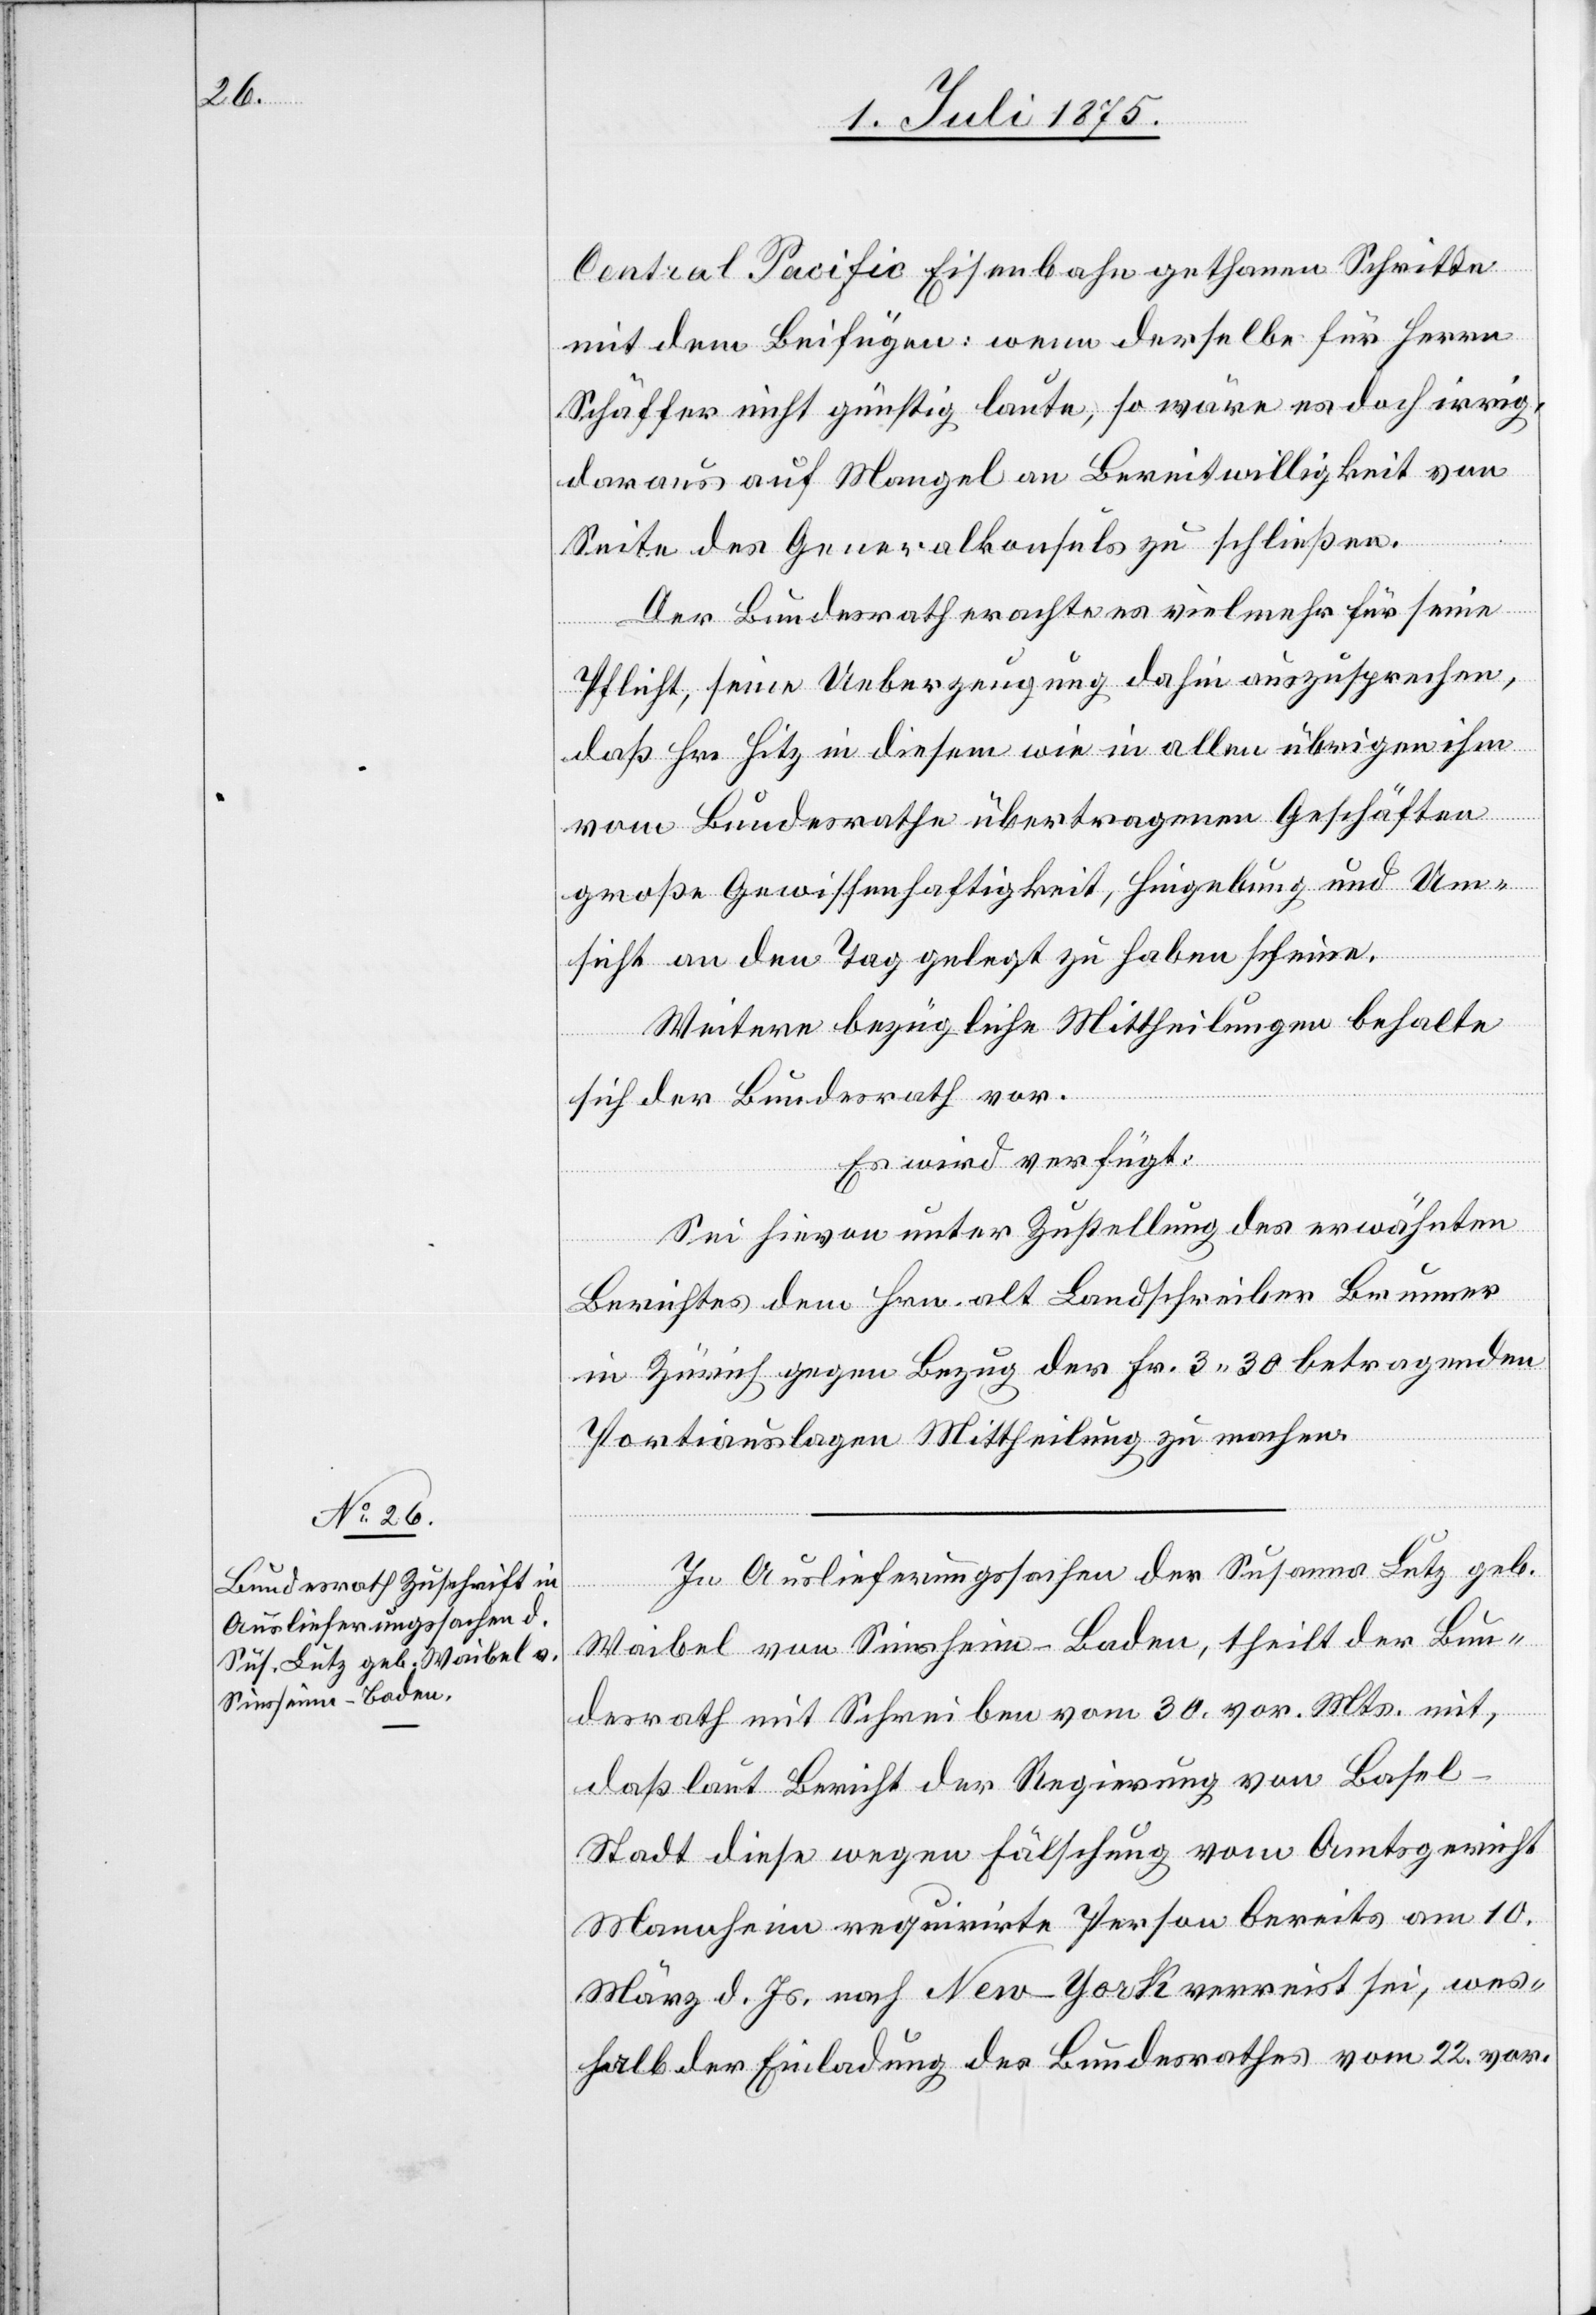
2. Juli 1875.]
Central Pacific Eisenbahn gethanen Schritte
mit dem Beifügen: wenn derselbe für Herrn
Schäffer nicht günstig laute, so wäre es doch irrig,
daraus auf Mangel an Bereitwilligkeit von
Seite des Generalkonsuls zu schließen.
Der Bundesrath erachte es vielmehr für seine
Pflicht, seine Ueberzeugung dahin auszusprechen,
daß Hr. Hitz in diesem wie in allen übrigen ihm
vom Bundesrathe übertragenen Geschäften
große Gewissenhaftigkeit, Hingebung und Um¬
sicht an den Tag gelegt zu haben scheine.
Weitere bezügliche Mittheilungen behalte
sich der Bundesrath vor.
Es wird verfügt:
Sei hievon unter Zustellung des erwähnten
Berichte dem Hrn. alt Landschreiber Brunner
in Zürich gegen Bezug der Fr. 3 30 betragenden
Portiauslagen Mittheilung zu machen.
In Auslieferungssachen der Susanna Lutz geb.
Waibel von Sinsheim - Baden, theilt der Bun¬
desrath mit Schreiben vom 30. vor. Mts. mit,
daß laut Bericht der Regierung von Basel-S¬
tadt diese wegen Fälschung vom Amtsgericht
Mannheim requirirte Person bereits am 10.
März d. Js. nach New-York verreist sei, wes¬
halb der Einladung des Bundesrathes vom 22. vor.